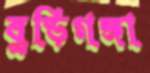
বুড়িগঙ্গা